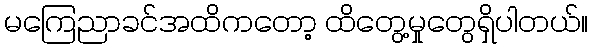
မကြေညာခင်အထိကတော့ ထိတွေ့မှုတွေရှိပါတယ်။